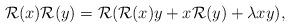
LaTeX: \begin{align*}\mathcal{R}(x)\mathcal{R}(y) = \mathcal{R}(\mathcal{R}(x)y + x\mathcal{R}(y) + \lambda xy),\end{align*}